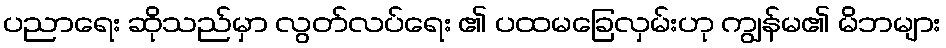
ပညာရေး ဆိုသည်မှာ လွတ်လပ်ရေး ၏ ပထမခြေလှမ်းဟု ကျွန်မ၏ မိဘများ